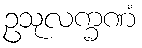
ဥသုလက္ခဏံ